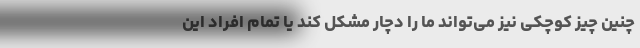
چنین چیز کوچکی نیز می‌تواند ما را دچار مشکل کند یا تمام افراد این